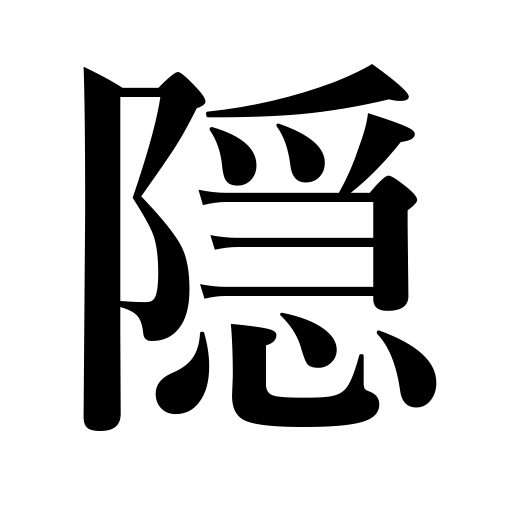
Meanings: cloak,disguise,conceal,hide,pass away,lurk,cover,disappear,veil,be anonymous